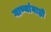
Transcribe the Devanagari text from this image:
गाण्यांनाही